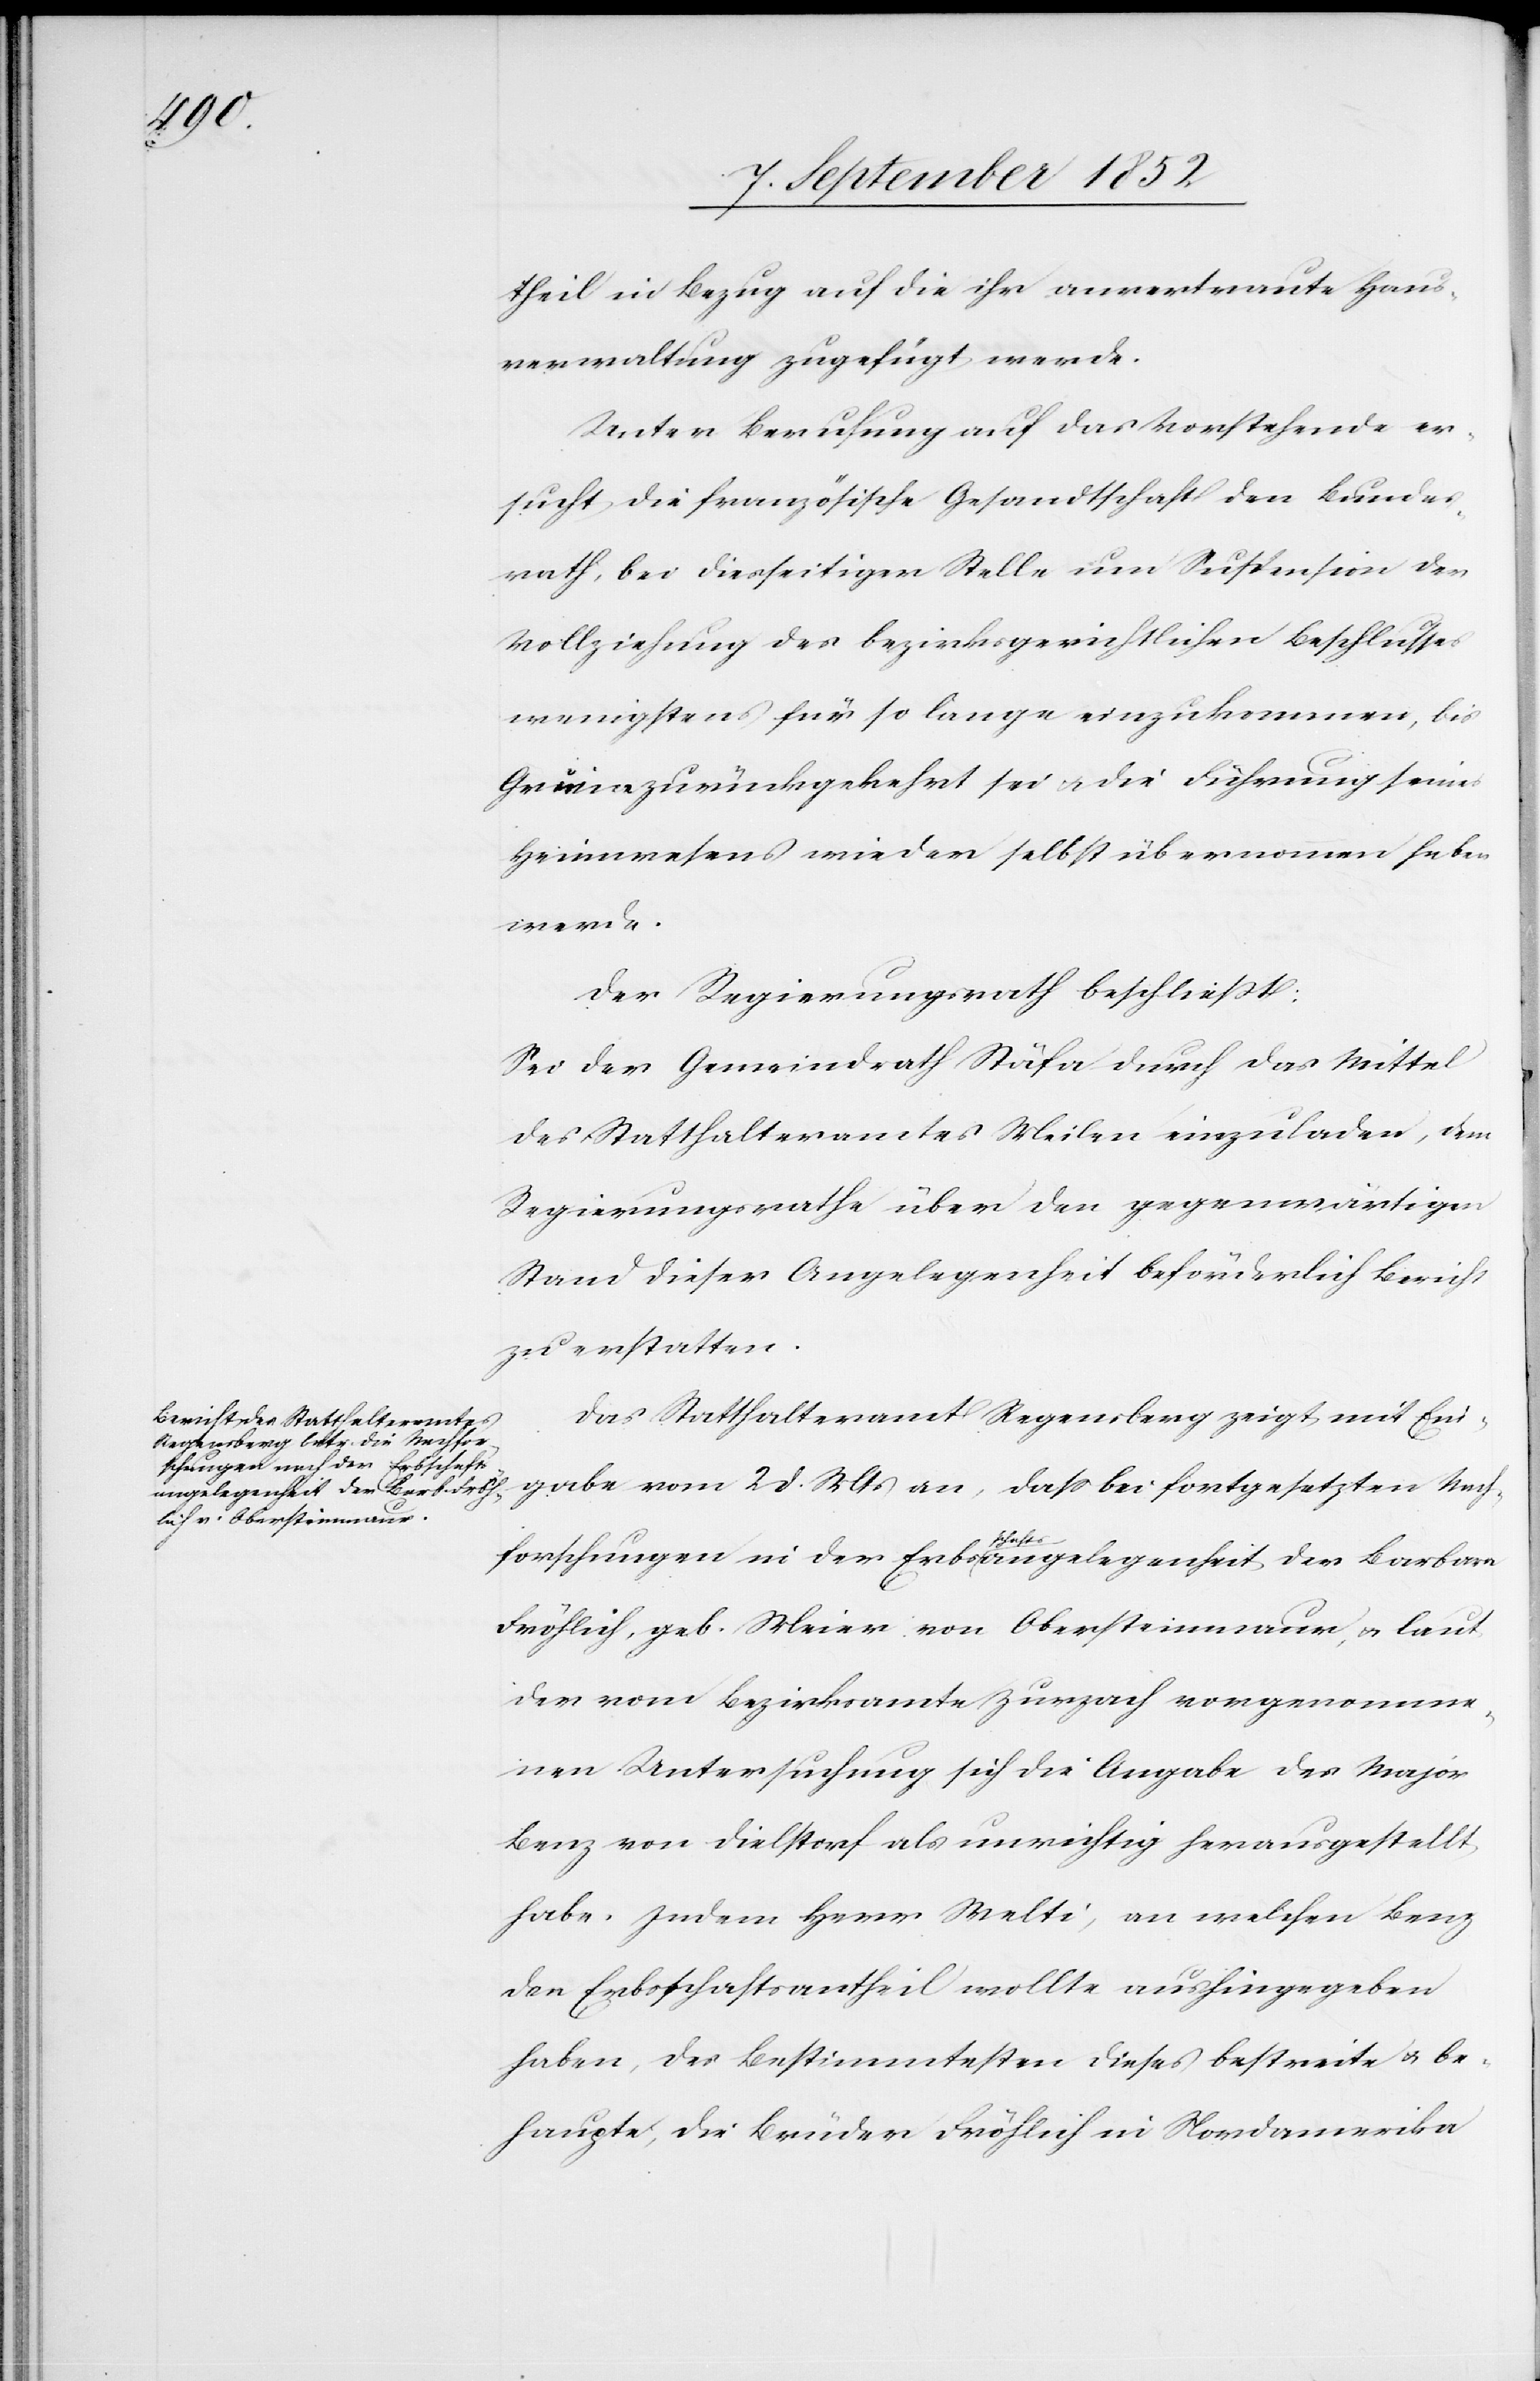
theil in Bezug auf die ihr anvertraute Haus¬
verwaltung zugefügt werde.
Unter Berufung auf das Vorstehende er¬
sucht die französische Gesandtschaft den Bundes¬
rath, bei diesseitiger Stelle um Suspension der
Vollziehung des bezirksgerichtlichen Beschlusses
wenigstens für so lange einzukommen, bis
Gruine zurückgekehrt sei & die Führung seines
Heimwesens wieder selbst übernommen haben
werde.
Der Regierungsrath beschließt:
Sei der Gemeindrath Stäfa durch das Mittel
des Statthalteramtes Meilen einzuladen, dem
Regierungsrathe über den gegenwärtigen
Stand dieser Angelegenheit beförderlich Bericht
zu erstatten.
Das Statthalteramt Regensberg zeigt mit Ein¬
gabe vom 2 d. Mts an, dass bei fortgesetzten Nach¬
forschungen in der Erbsschaftsangelegenheit der Barbara
Fröhlich, geb. Meier von Obersteinmaur, & laut
der vom Bezirksamte Zurzach vorgenomme¬
nen Untersuchung sich die Angabe des Major
Benz von Dielstorf als unrichtig herausgestellt
habe. Indem Herr Welti, an welchen Benz
den Erbsschaftsantheil wollte aushingegeben
haben, des Bestimmtesten dieses bestreite & be¬
haupte, die Brüder Fröhlich in Nordamerika